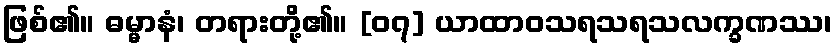
ဖြစ်၏။ ဓမ္မာနံ၊ တရားတို့၏။ [၀၇] ယာထာဝသရသရသလက္ခဏဿ၊